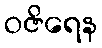
ဝဇိရေန